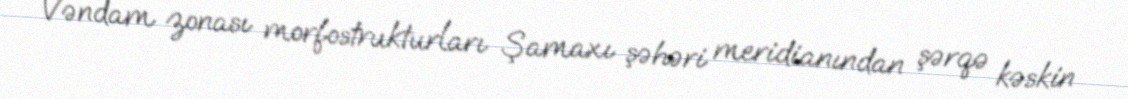
Vəndam zonası morfostrukturları Şamaxı şəhəri meridianından şərqə kəskin